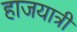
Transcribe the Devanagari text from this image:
हाजयात्री